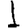
Digit: 1